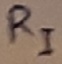
Text: RI